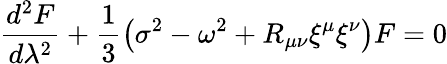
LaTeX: \frac{d^{2}F}{d\lambda^{2}}+\frac{1}{3}\left(\sigma^{2}-\omega^{2}+R_{\mu\nu}\xi^{\mu}\xi^{\nu}\right)F=0